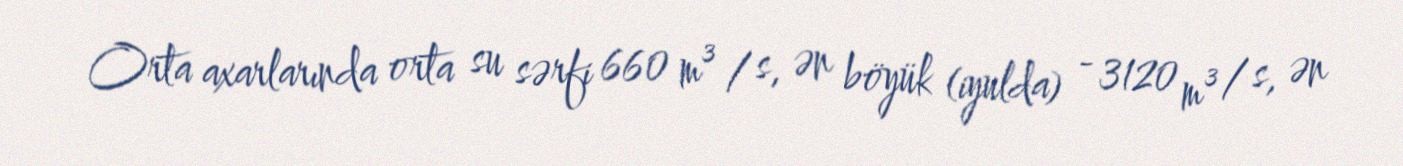
Orta axarlarında orta su sərfi 660 m³ / s, ən böyük (iyulda) - 3120 m³ / s, ən